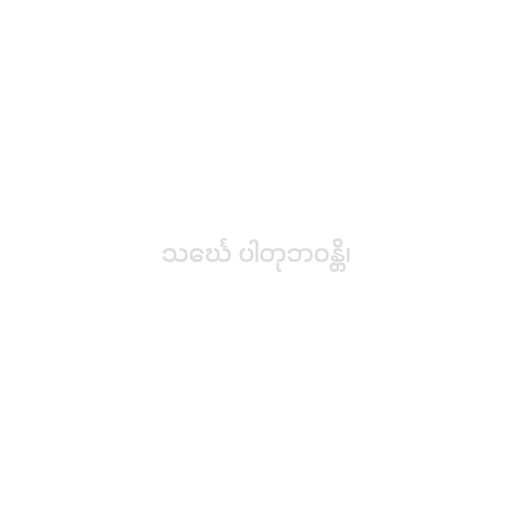
သင်္ဃေ ပါတုဘဝန္တိ၊